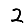
Digit: 2